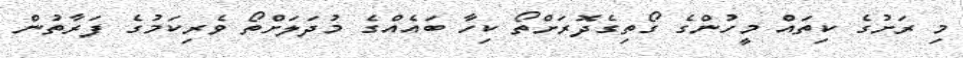
މި ރަށުގެ ކިތައް މީހުންގެ ގޯތިގެދޮރަށްތޯ ކިހާ ބައެއްގެ މުދަލަށްތޯ ވެރިކަމުގެ ފަރާތުން